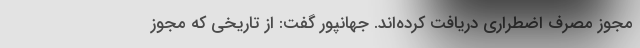
مجوز مصرف اضطراری دریافت کرده‌اند. جهانپور گفت: از تاریخی که مجوز